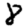
Digit: 8